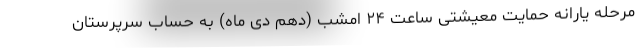
مرحله یارانه حمایت معیشتی ساعت ۲۴ امشب (دهم دی ماه) به حساب سرپرستان